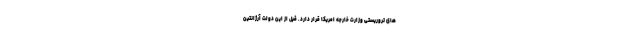
های تروریستی وزارت خارجه امریکا قرار دارد. قبل از این دولت آرژانتین